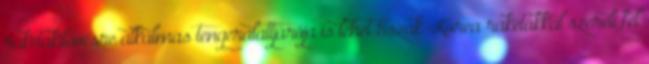
rakétakilövésre alkalmas tengeralattjárója is lehet Észak-Korea rakétákkal szereli fel